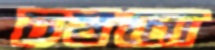
চষনো